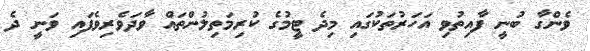
ވެންގާ ބުނީ ފާއިތުވި އަހަރުތަކުގައި މިދެ ޓީމުގެ ކުރިމަތިލުންތައް ވާދަވެރިވެފައި ވަނީ ދެ